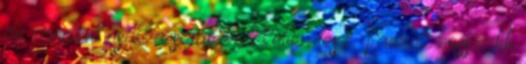
de mindent csak a saját érdekében tesz. Vannak hosszabb